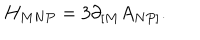
{ H _ { M N P } = 3 \partial _ { \lbrack M } A _ { N P \rbrack } . }